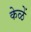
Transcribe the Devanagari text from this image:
केळें